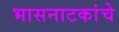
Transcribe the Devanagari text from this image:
भासनाटकांचे